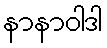
နာနာဝါဒါ